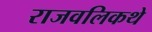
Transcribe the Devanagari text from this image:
राजवलिकथे